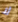
لا